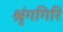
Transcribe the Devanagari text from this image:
श्रृंगगिरि